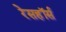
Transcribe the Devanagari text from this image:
रेसहॉर्स